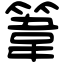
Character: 𥯤